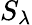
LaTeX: S_{\lambda}